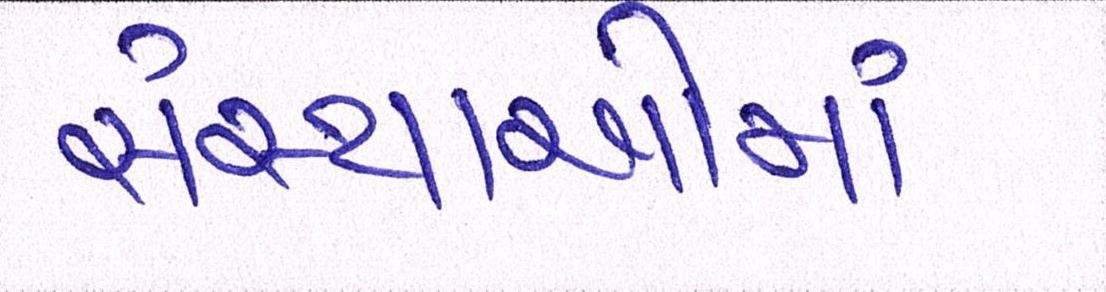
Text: સંસ્થાઓમાં